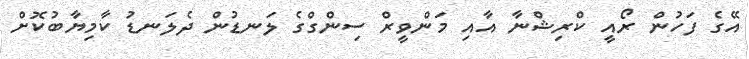
އޭގެ ފަހުން ރޯއީ ކްރިޝްނާ އާއި މަންވީރް ސިންގްގެ ލަނޑުން ދެލަނޑު ކާމިޔާބުކޮށް